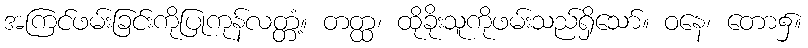
အကြင်ဖမ်းခြင်းကိုပြုကုန်လတ္တံ့။ တတ္ထ၊ ထိုခိုးသူကိုဖမ်းသည်ရှိသော်။ ဝနေ၊ တော၌။